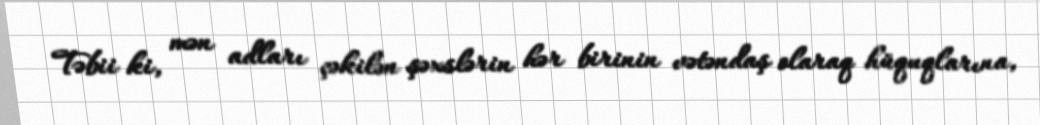
Təbii ki, mən adları çəkilən şəxslərin hər birinin vətəndaş olaraq hüquqlarına,